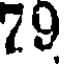
79